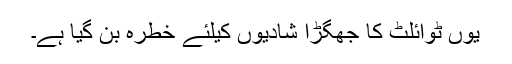
یوں ٹوائلٹ کا جھگڑا شادیوں کیلئے خطرہ بن گیا ہے۔